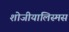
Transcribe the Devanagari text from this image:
शोजीयालिस्मस